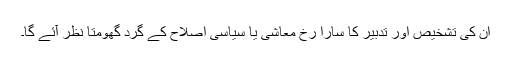
اُن کی تشخیص اور تدبیر کا سارا رُخ معاشی یا سیاسی اصلاح کے گرد گھومتا نظر آئے گا۔